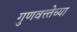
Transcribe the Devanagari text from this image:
गुणवत्त्तेच्या